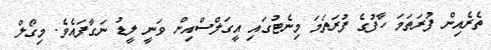
ތެރެއިން ފުރަތަމަ ހާފުގެ ފުރަތަމަ މިނެޓުގައި އީގަލްސްއިން ވަނީ ލީޑު ނަގާފައެވެ. މިގޯލް